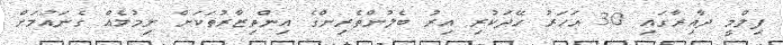
ފިލްމީ ދާއިރާގައި 30 އަހަރު ހޭދަކުރި އިރު ބެލުންތެރިންގެ އިންތިޒާރުތަކަށް ނިމުމެއް ގެނައުމަށް